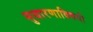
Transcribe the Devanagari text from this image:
सुधारणाविषयी